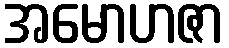
အမောဟဇာ